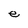
Character: e